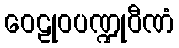
ဝေဠုဝပဏ္ဍုဝီဏံ